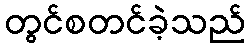
တွင်စတင်ခဲ့သည်